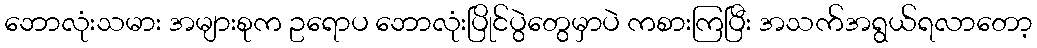
ဘောလုံးသမား အများစုက ဥရောပ ဘောလုံးပြိုင်ပွဲတွေမှာပဲ ကစားကြပြီး အသက်အရွယ်ရလာတော့